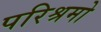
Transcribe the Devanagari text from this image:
परिश्रमो